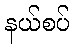
နယ်စပ်